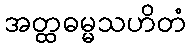
အတ္ထဓမ္မသဟိတံ